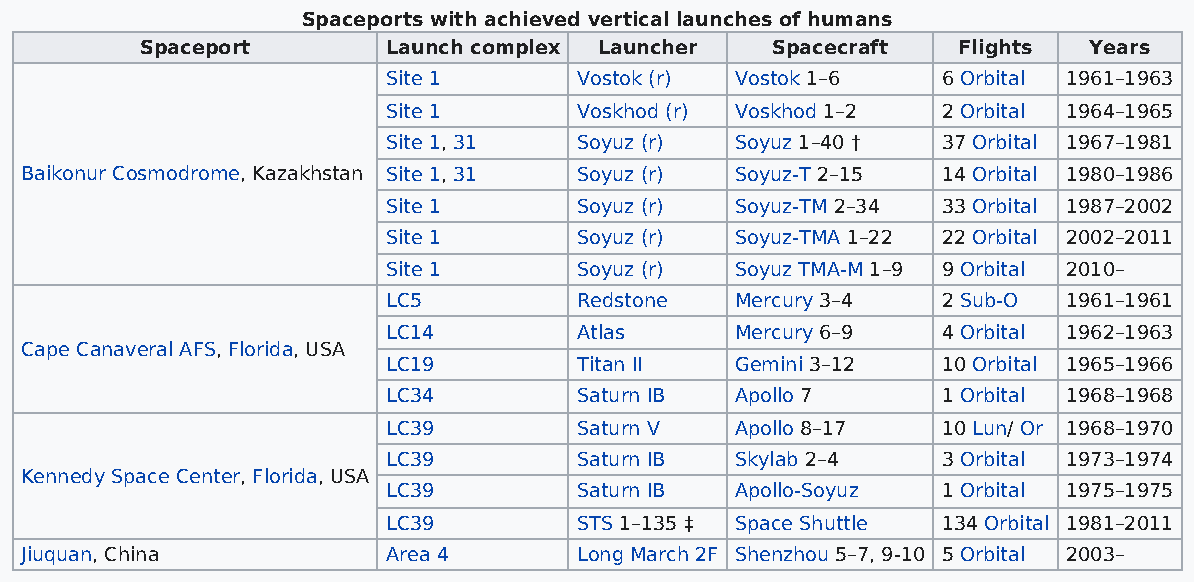
Spaceports with achieved vertical launches of humans
 Spaceport        Launch complex Launcher  Spacecraft  Flights  Years
 Site 1      Vostok (r) Vostok 1–6   6 Orbital 1961–1963
 Site 1      Voskhod (r) Voskhod 1–2 2 Orbital 1964–1965
 Site 1, 31  Soyuz (r)  Soyuz 1–40 † 37 Orbital 1967–1981
 Baikonur Cosmodrome, Kazakhstan Site 1, 31 Soyuz (r) Soyuz-T 2–15 14 Orbital 1980–1986
 Site 1      Soyuz (r)  Soyuz-TM 2–34 33 Orbital 1987–2002
 Site 1      Soyuz (r)  Soyuz-TMA 1–22 22 Orbital 2002–2011
 Site 1      Soyuz (r)  Soyuz TMA-M 1–9 9 Orbital 2010–
 LC5         Redstone   Mercury 3–4  2 Sub-O  1961–1961
 LC14        Atlas      Mercury 6–9  4 Orbital 1962–1963
 Cape Canaveral AFS, Florida, USA
 LC19        Titan II   Gemini 3–12  10 Orbital 1965–1966
 LC34        Saturn IB  Apollo 7     1 Orbital 1968–1968
 LC39        Saturn V   Apollo 8–17  10 Lun/ Or 1968–1970
 LC39        Saturn IB  Skylab 2–4   3 Orbital 1973–1974
 Kennedy Space Center, Florida, USA
 LC39        Saturn IB  Apollo-Soyuz 1 Orbital 1975–1975
 LC39        STS 1–135 ‡ Space Shuttle 134 Orbital 1981–2011
 Jiuquan, China           Area 4      Long March 2F Shenzhou 5–7, 9-10 5 Orbital 2003–